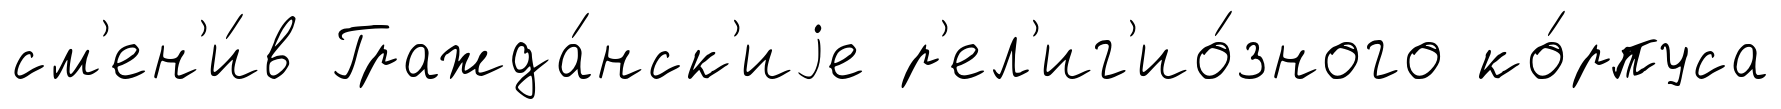
см'ен'и́в Гражда́нск'иjе р'ел'иг'ио́зного ко́рпуса